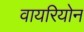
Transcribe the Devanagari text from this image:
वायरियोन